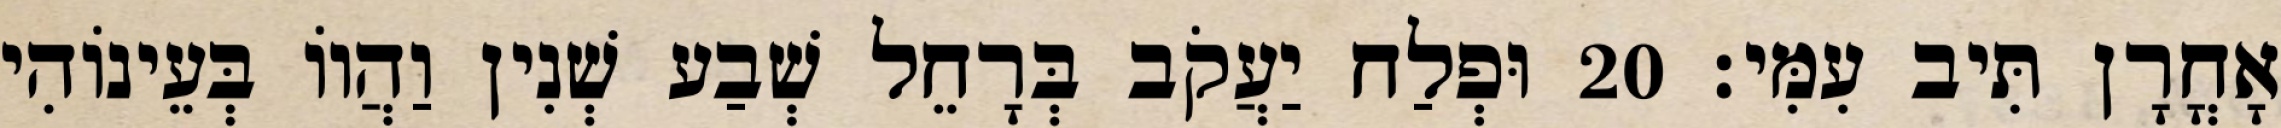
אָחֳרָן תִּיב עִמִּי׃ 20 וּפְלַח יַעֲקֹב בְּרָחֵל שְׁבַע שְׁנִין וַהֲווֹ בְּעֵינוֹהִי